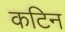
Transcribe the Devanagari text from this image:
कटिन